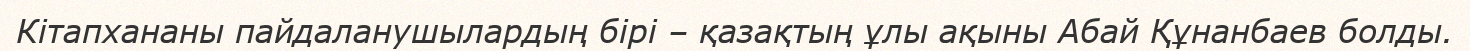
Кітапхананы пайдаланушылардың бірі – қазақтың ұлы ақыны Абай Құнанбаев болды.